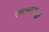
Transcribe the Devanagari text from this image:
उदस्तवपुः